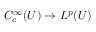
C _ { c } ^ { \infty } ( U ) \to L ^ { p } ( U )